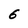
Character: 6